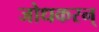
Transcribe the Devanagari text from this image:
जोधकरन्